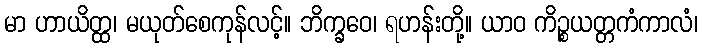
မာ ဟာယိတ္ထ၊ မယုတ်စေကုန်လင့်။ ဘိက္ခဝေ၊ ရဟန်းတို့။ ယာဝ ကိဉ္စယတ္တကံကာလံ၊